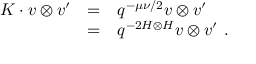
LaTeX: \begin{array} { r c l } { { { \cal K } \cdot v \otimes v ^ { \prime } } } & { { = } } & { { q ^ { - \mu \nu / 2 } v \otimes v ^ { \prime } } } \\ { { } } & { { = } } & { { q ^ { - 2 H \otimes H } v \otimes v ^ { \prime } ~ . } } \end{array}